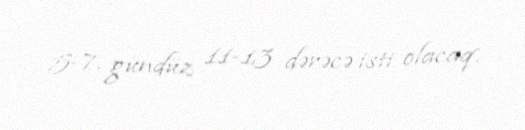
5-7, gündüz 11-13 dərəcə isti olacaq.